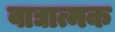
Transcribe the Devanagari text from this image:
वाद्यात्मक